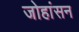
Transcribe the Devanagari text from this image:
जोहांसन